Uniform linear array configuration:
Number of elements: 48
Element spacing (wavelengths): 0.25
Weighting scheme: hann
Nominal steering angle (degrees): -30
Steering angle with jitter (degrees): -30.57
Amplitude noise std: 0.05
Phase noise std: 0.05

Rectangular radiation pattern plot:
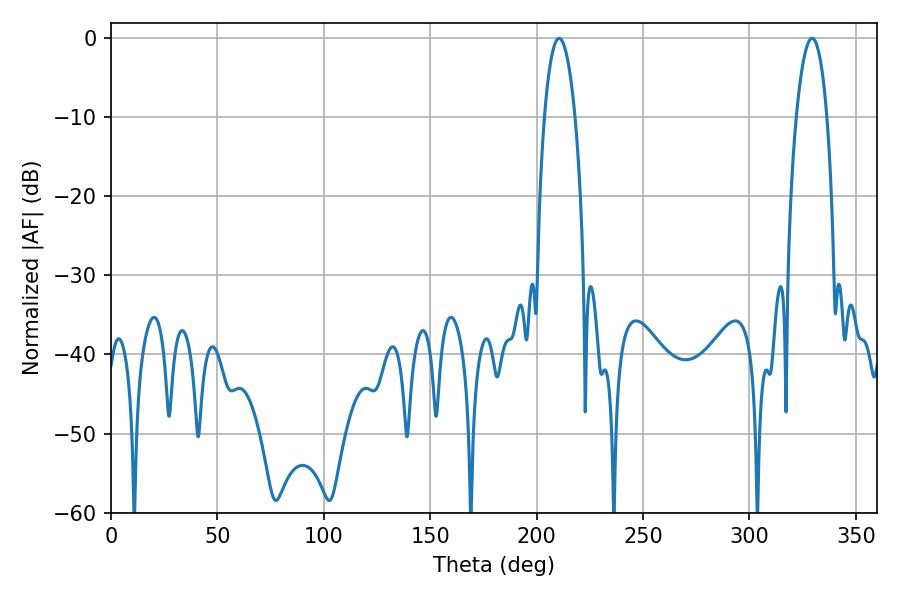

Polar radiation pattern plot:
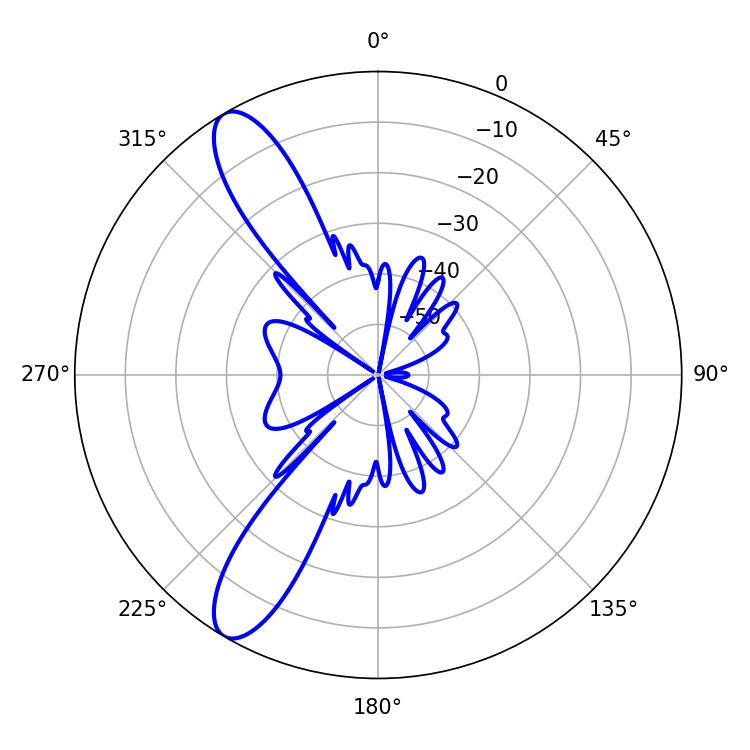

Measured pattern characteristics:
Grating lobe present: FALSE
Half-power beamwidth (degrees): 8.1
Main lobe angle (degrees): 210.6